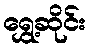
ရွှေ့ဆိုင်း